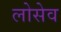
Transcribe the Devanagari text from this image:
लोसेव